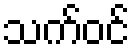
သက်ဝင်